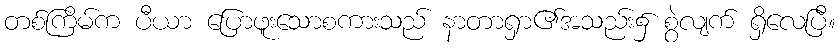
တစ်ကြိမ်က ပီယာ ပြောဖူးသောစကားသည် နာတာရှာ၏အသည်း၌ စွဲလျက် ရှိလေပြီ။